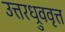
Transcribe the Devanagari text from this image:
उत्तरध्रुववृत्त